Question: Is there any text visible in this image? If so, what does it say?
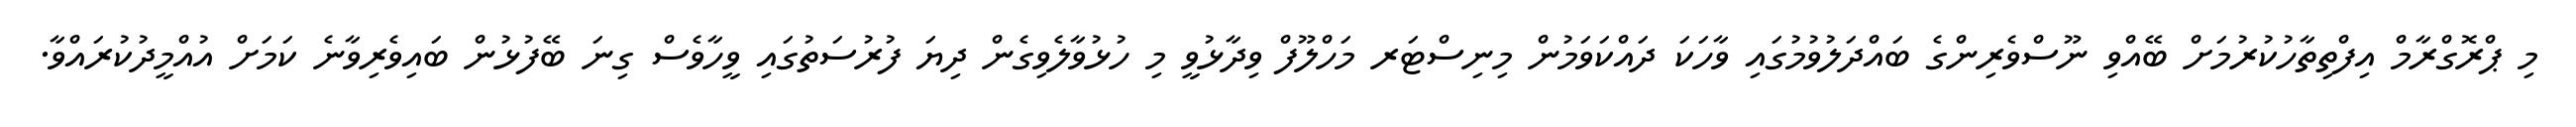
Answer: މި ޕްރޮގްރާމް އިފްތިތާހުކުރުމަށް ބޭއްވި ނޫސްވެރިންގެ ބައްދަލުވުމުގައި ވާހަކަ ދައްކަވަމުން މިނިސްޓަރ މަހްލޫފް ވިދާޅުވީ މި ހުޅުވާލެވިގެން ދިޔަ ފުރުސަތުގައި ވީހާވެސް ގިނަ ބޭފުޅުން ބައިވެރިވާނެ ކަމަށް އުއްމީދުކުރައްވާ.